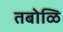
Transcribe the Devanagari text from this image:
तबोळि